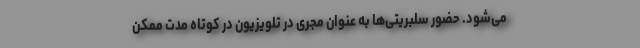
می‌شود. حضور سلبریتی‌ها به عنوان مجری در تلویزیون در کوتاه مدت ممکن